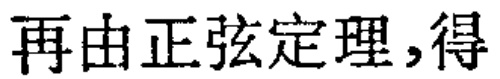
再由正弦定理,得